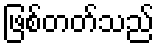
ဖြစ်တတ်သည်